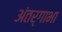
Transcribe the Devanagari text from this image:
अंतर्गाभा